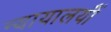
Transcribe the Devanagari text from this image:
न्यायालयोंं